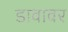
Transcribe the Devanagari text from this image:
डावावर